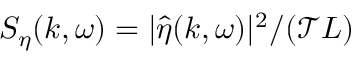
S _ { \eta } ( k , \omega ) = | \widehat { \eta } ( k , \omega ) | ^ { 2 } / ( \mathcal { T } L )